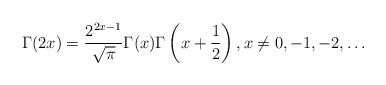
LaTeX: \begin{align*}\Gamma(2x) = \frac {2^{2x-1}}{\sqrt{\pi}} \Gamma(x)\Gamma\left(x+\frac {1}{2} \right),x\neq 0, -1, -2, \ldots\end{align*}